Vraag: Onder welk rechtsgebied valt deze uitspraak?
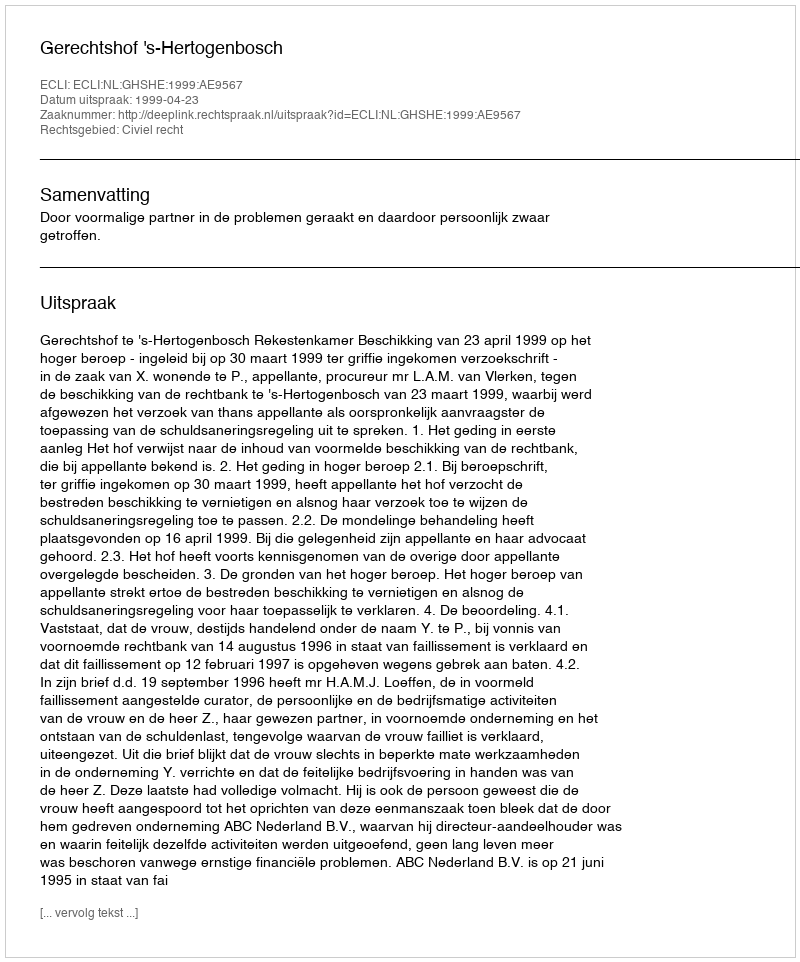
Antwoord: Civiel recht